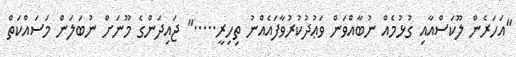
"އަހަރެން ލޫކަސްއާއި ގުޅުމެއް ނުބާއްވަން ވަޢުދުކުރުވާފައެއްނު ތިހިރީ....." ޖައިދަންގެ މޫނަށް ނުބަލަން މަސައްކަތް